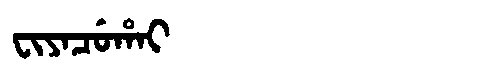
Manchu: ᠸᡳᠶᠠᠴᡠᡥᠠᡳ
Romanization: FIYACUHAI